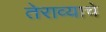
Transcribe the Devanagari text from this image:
तेराव्याचे